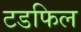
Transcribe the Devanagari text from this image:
टडफिल